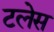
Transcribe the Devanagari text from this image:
टलेस